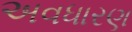
અવધારણ